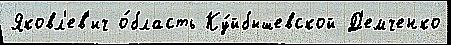
Яковл'ев'ич о́бласть Ку́йбышевской Д'емченко